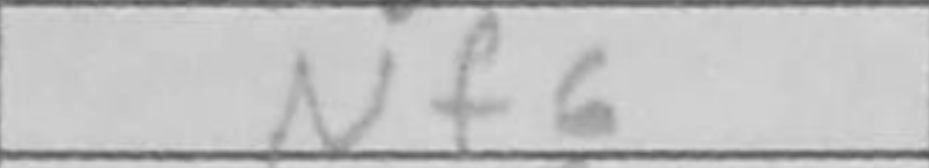
Transcription: Nf6